Lunatic asylums Central Provinces reports 1874-1885 - 1874-1885
Year: 1874
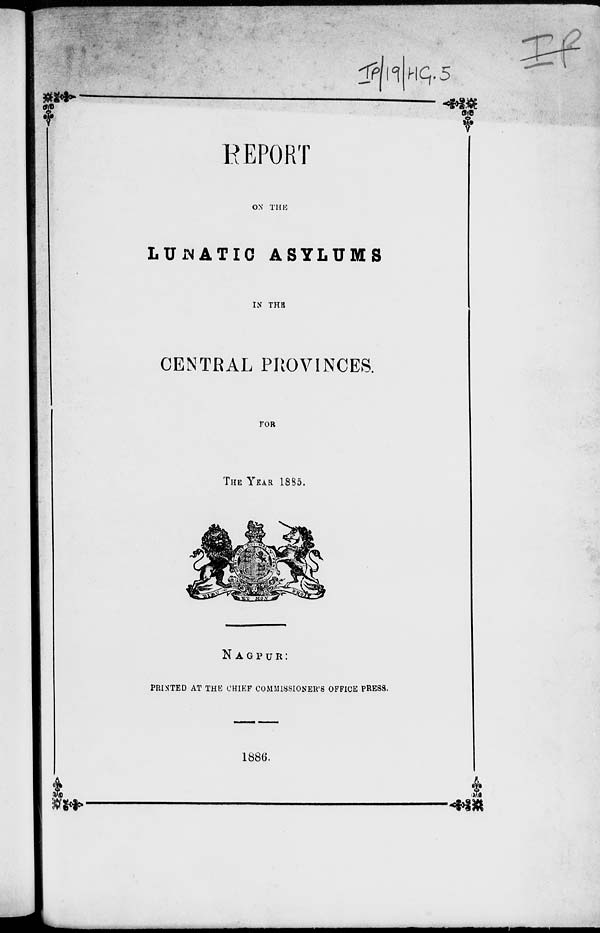
REPORT
ON THE
LUNATIC ASYLUMS
IN THE
CENTRAL PROVINCES.
FOR
THE YEAR 1885.
NAGPUR:
PRINTED AT THE CHIEF COMMISSIONER'S OFFICE PRESS.
1886.